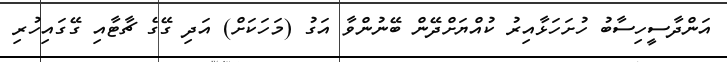
އަންދާސީހިސާބު ހުށަހަޅާއިރު ކުއްޔަށްދޭން ބޭނުންވާ އަގު (މަހަކަށް) އަދި ގޭގެ ޗާޓާއި ގޭގައިހުރި